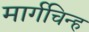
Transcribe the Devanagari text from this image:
मार्गचिन्ह